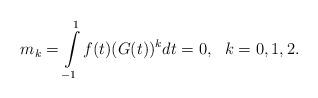
LaTeX: \begin{align*}m_k=\int\limits_{-1}^1f(t)(G(t))^kdt=0,~~k=0,1,2.\end{align*}